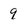
Character: q